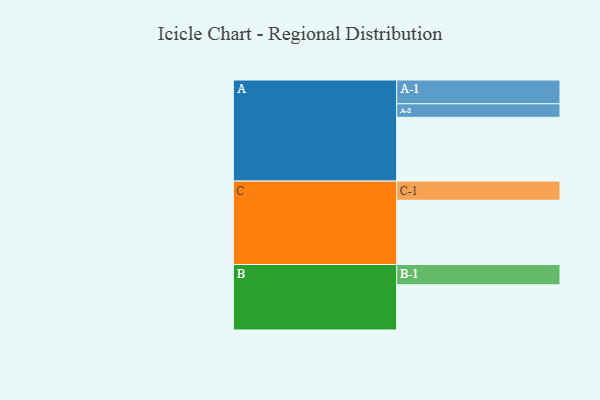
{"axis": {"x": "Segment", "y": "Value"}, "legend": ["", "A", "B", "C"], "data": [{"x": "A", "y": 566, "type": ""}, {"x": "B", "y": 401, "type": ""}, {"x": "C", "y": 570, "type": ""}, {"x": "A-1", "y": 211, "type": "A"}, {"x": "A-2", "y": 120, "type": "A"}, {"x": "B-1", "y": 180, "type": "B"}, {"x": "C-1", "y": 170, "type": "C"}]}